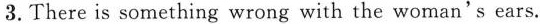
3.There is something wrong with the woman's ears.